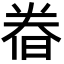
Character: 𣇃